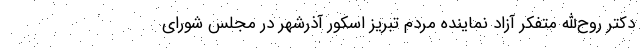
دکتر روح‌الله متفکر آزاد نماینده مردم تبریز اسکور آذرشهر در مجلس شورای